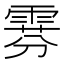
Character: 𫕧